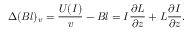
\Delta ( B l ) _ { v } = \frac { U ( I ) } { v } - B l = I \frac { \partial L } { \partial z } + L \frac { \partial I } { \partial z } .